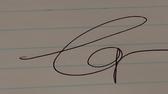
Signature authenticity: genuine